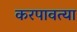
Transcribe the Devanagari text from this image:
करपावत्या